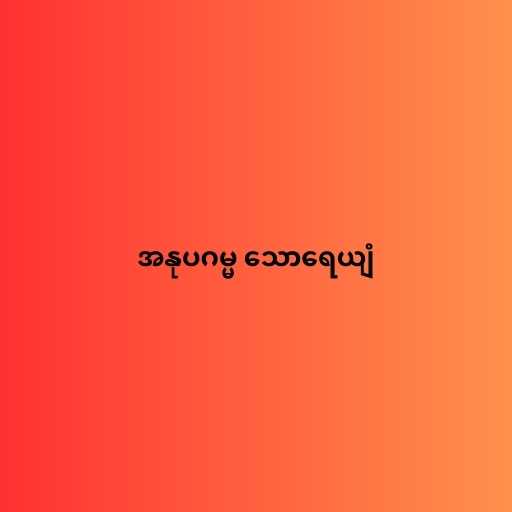
အနုပဂမ္မ သောရေယျံ